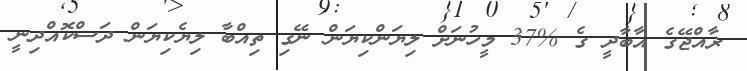
ޜާއްޖޭގެ އާބާދީ ގެ %37 މީހުނަށް ލިޔަންކިޔަން ނޭގި ތިއްބާ ލިޔެކިޔަން ދަސްކޮއްދިނީ